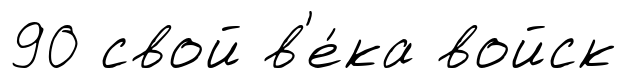
90 свой в'е́ка войск